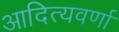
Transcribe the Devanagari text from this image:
आदित्यवर्णा